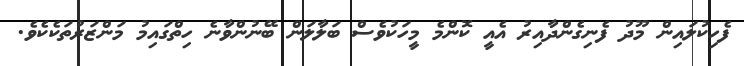
ފެހިކުލައިން މޫދު ފެނިގެންދާއިރު އެއީ ކޮންމެ މީހަކުވެސް ބަލާލަން ބޭނުންވާނެ ހިތްގައިމު މަންޒަރުތަކެކެވެ.